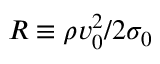
R \equiv \rho v _ { 0 } ^ { 2 } / 2 \sigma _ { 0 }